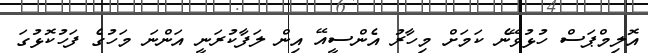
އޮލިމްޕަސް ހުޅުވޭނެ ކަމަށް މިހާރު އެންސީއޭ އިން ލަފާކުރަނީ އަންނަ މަހުގެ ފަހުކޮޅުގަ